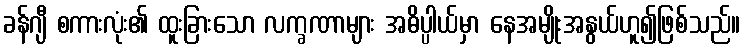
ခန်ဂျီ စကားလုံး၏ ထူးခြားသော လက္ခဏာများ အဓိပ္ပါယ်မှာ နေအမျိုးအနွယ်ဟူ၍ဖြစ်သည်။